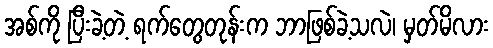
အစ်ကို ပြီးခဲ့တဲ့ ရက်တွေတုန်းက ဘာဖြစ်ခဲ့သလဲ၊ မှတ်မိလား